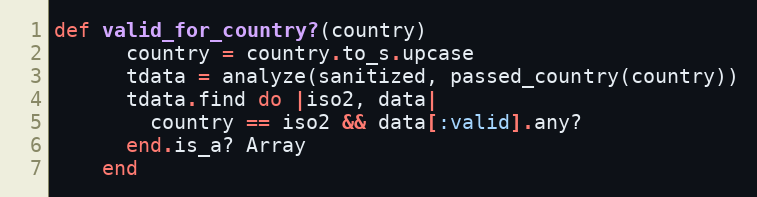
Language: Ruby
def valid_for_country?(country)
      country = country.to_s.upcase
      tdata = analyze(sanitized, passed_country(country))
      tdata.find do |iso2, data|
        country == iso2 && data[:valid].any?
      end.is_a? Array
    end